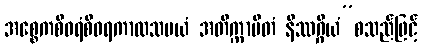
အစ္စေကစီဝရံစီဝရကာလသမယံ အတိက္ကာမိတံ နိဿဂ္ဂိယံ”စသည်ဖြင့်